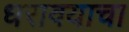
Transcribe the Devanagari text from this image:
धरावयाचा